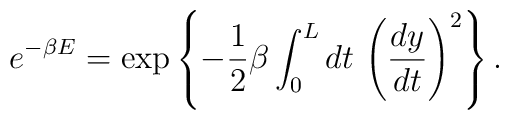
e^{-\beta E} = \exp\left\{ -\frac{1}{2}\beta \int_0^L dt\,\left(\frac{dy}{dt}\right)^2\right\}.